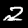
Label: 2